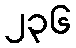
၂၃၆